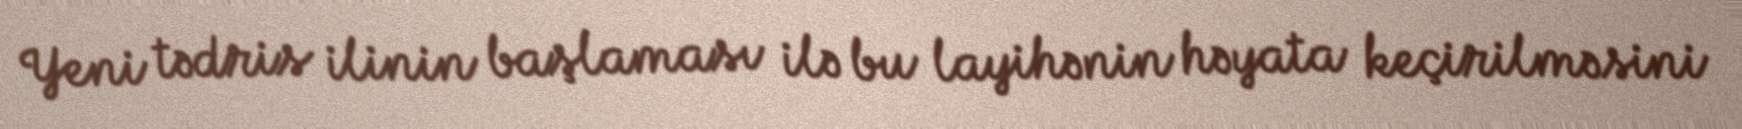
Yeni tədris ilinin başlaması ilə bu layihənin həyata keçirilməsini